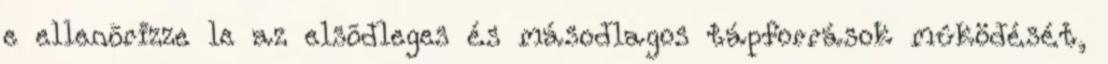
e ellenõrizze le az elsõdleges és másodlagos tápforrások mûködését,